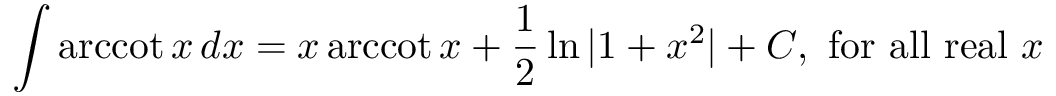
\int \operatorname { a r c c o t } { x } \, d x = x \operatorname { a r c c o t } { x } + { \frac { 1 } { 2 } } \ln { \vert 1 + x ^ { 2 } \vert } + C , { \mathrm { ~ f o r ~ a l l ~ r e a l ~ } } x